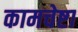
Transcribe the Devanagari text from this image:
कामचेष्टा